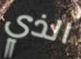
الذي